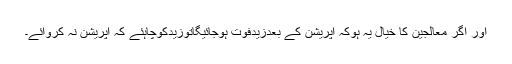
اور اگر معالجین کا خیال یہ ہوکہ آپریشن کے بعدزیدفوت ہوجائیگاتوزیدکوچاہئے کہ آپریشن نہ کروائے۔